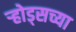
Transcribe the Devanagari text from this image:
ऱ्होड्सच्या